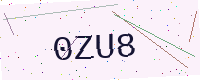
Text: 0ZU8